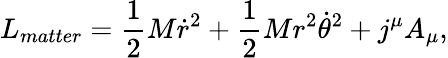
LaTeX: L_{matter}={\frac{1}{2}}M\dot{r}^{2}+{\frac{1}{2}}Mr^{2}{\dot{\theta}}^{2}+j^{\mu}A_{\mu},